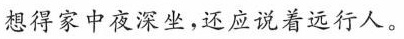
想得家中夜深坐，还应说着远行人。